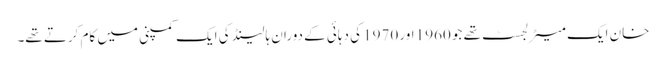
خان ایک میٹرلجسٹ تھے جو 1960 اور 1970 کی دہائی کے دوران ہالینڈ کی ایک کمپنی میں کام کرتے تھے۔